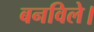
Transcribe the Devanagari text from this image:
बनविले।